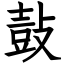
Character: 鼔